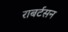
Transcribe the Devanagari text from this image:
राबर्टसन